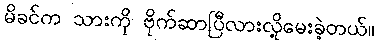
မိခင်က သားကို ဗိုက်ဆာပြီလားလို့မေးခဲ့တယ်။